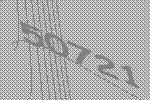
50721